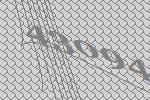
43094